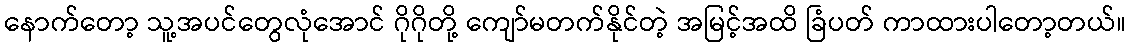
နောက်တော့ သူ့အပင်တွေလုံအောင် ဂိုဂိုတို့ ကျော်မတက်နိုင်တဲ့ အမြင့်အထိ ခြံပတ် ကာထားပါတော့တယ်။